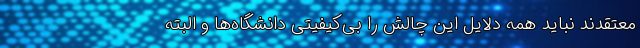
معتقدند نباید همه دلایل این چالش را بی‌کیفیتی دانشگاه‌ها و البته